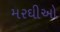
મરઘીઓ